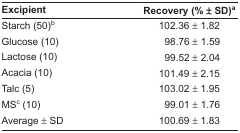
| Excipient | Recovery (% ± SD)a |
 | --- | --- |
 | Starch (50)b | 102.36 ± 1.82 |
 | Glucose (10) | 98.76 ± 1.59 |
 | Lactose (10) | 99.52 ± 2.04 |
 | Acacia (10) | 101.49 ± 2.15 |
 | Talc (5) | 103.02 ± 1.95 |
 | MSc (10) | 99.01 ± 1.76 |
 | Average ± SD | 100.69 ± 1.83 |